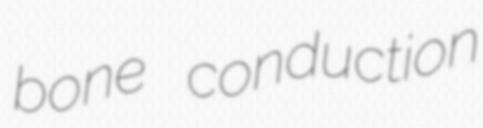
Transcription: bone conduction